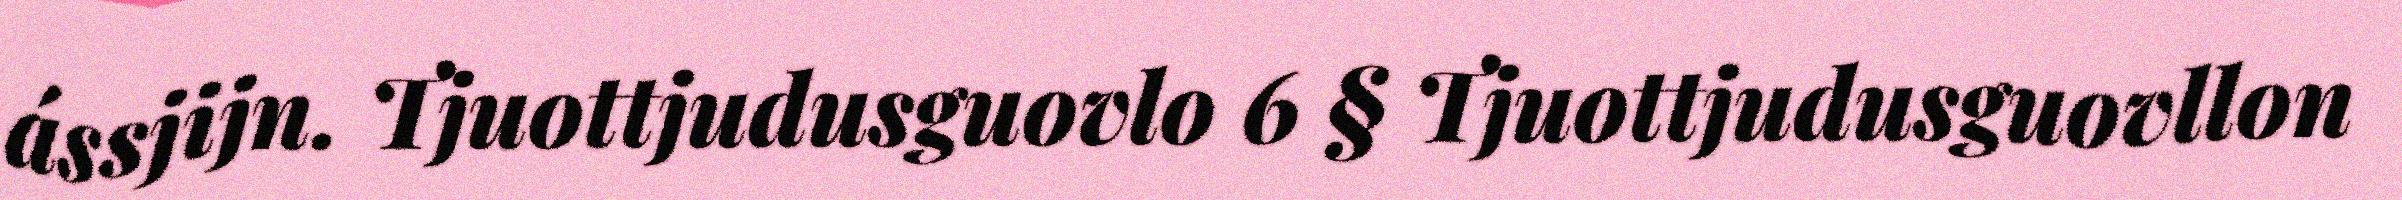
ássjijn. Tjuottjudusguovlo 6 § Tjuottjudusguovllon